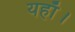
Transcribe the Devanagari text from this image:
यहाँ।